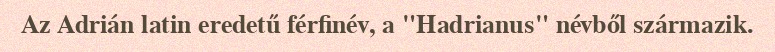
Az Adrián latin eredetű férfinév, a "Hadrianus" névből származik.